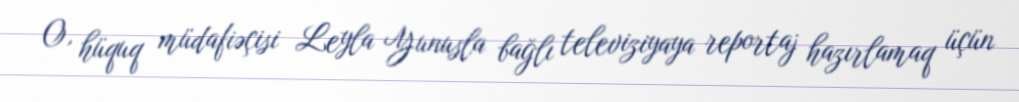
O, hüquq müdafiəçisi Leyla Yunusla bağlı televiziyaya reportaj hazırlamaq üçün